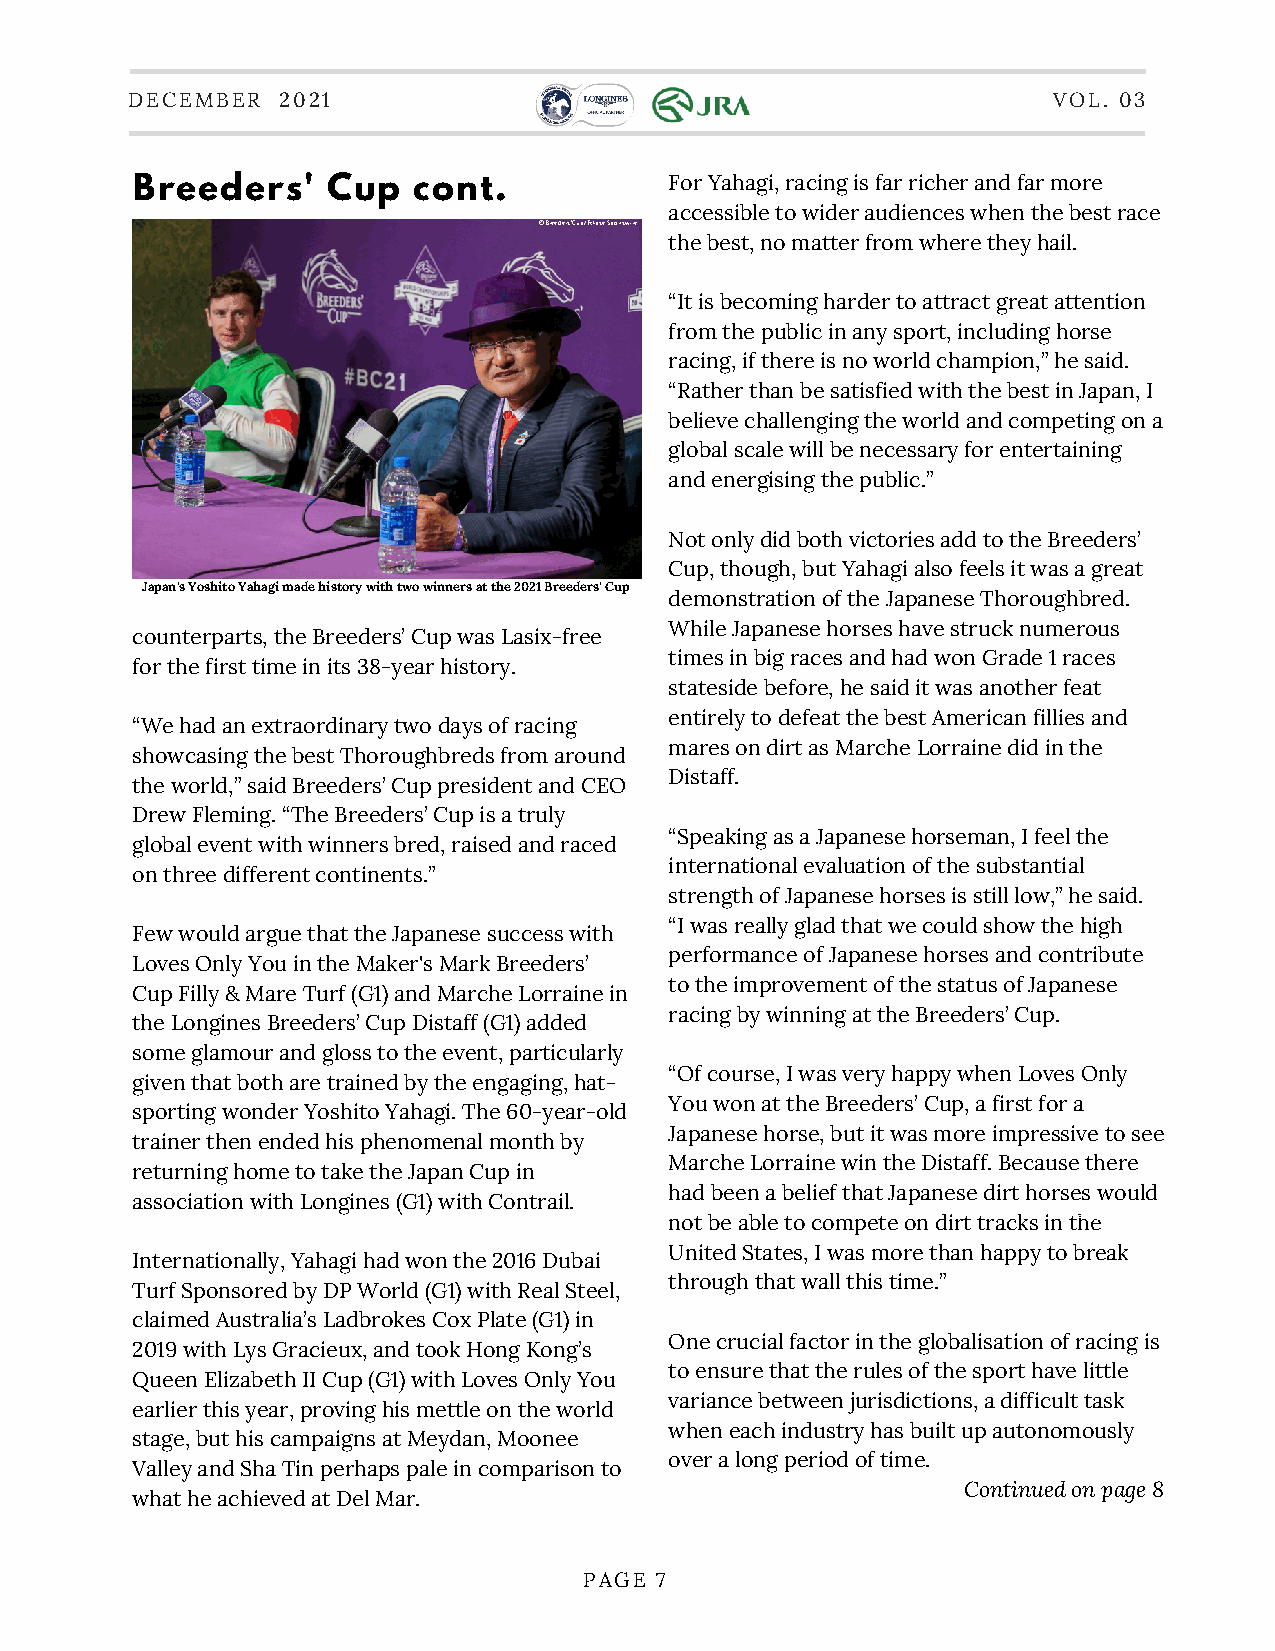
DECEMBER  2021                                                VOL. 03
 Breeders'    Cup  cont.            For Yahagi, racing is far richer and far more
 accessible to wider audiences when the best race
 ©Breeders' Cup/Eclipse Sportswire
 the best, no matter from where they hail.
 “It is becoming harder to attract great attention
 from the public in any sport, including horse
 racing, if there is no world champion,” he said.
 “Rather than be satisfied with the best in Japan, I
 believe challenging the world and competing on a
 global scale will be necessary for entertaining
 and energising the public.”
 Not only did both victories add to the Breeders’
 Cup, though, but Yahagi also feels it was a great
 Japan's Yoshito Yahagi made history with two winners at the 2021 Breeders' Cup
 demonstration of the Japanese Thoroughbred.
 While Japanese horses have struck numerous
 counterparts, the Breeders’ Cup was Lasix-free
 times in big races and had won Grade 1 races
 for the first time in its 38-year history.
 stateside before, he said it was another feat
 entirely to defeat the best American fillies and
 “We had an extraordinary two days of racing
 mares on dirt as Marche Lorraine did in the
 showcasing the best Thoroughbreds from around
 Distaff.
 the world,” said Breeders’ Cup president and CEO
 Drew Fleming. “The Breeders’ Cup is a truly
 “Speaking as a Japanese horseman, I feel the
 global event with winners bred, raised and raced
 international evaluation of the substantial
 on three different continents.”
 strength of Japanese horses is still low,” he said.
 “I was really glad that we could show the high
 Few would argue that the Japanese success with
 performance of Japanese horses and contribute
 Loves Only You in the Maker's Mark Breeders’
 to the improvement of the status of Japanese
 Cup Filly & Mare Turf (G1) and Marche Lorraine in
 racing by winning at the Breeders’ Cup.
 the Longines Breeders’ Cup Distaff (G1) added
 some glamour and gloss to the event, particularly
 “Of course, I was very happy when Loves Only
 given that both are trained by the engaging, hat-
 You won at the Breeders’ Cup, a first for a
 sporting wonder Yoshito Yahagi. The 60-year-old
 Japanese horse, but it was more impressive to see
 trainer then ended his phenomenal month by
 Marche Lorraine win the Distaff. Because there
 returning home to take the Japan Cup in
 had been a belief that Japanese dirt horses would
 association with Longines (G1) with Contrail.
 not be able to compete on dirt tracks in ©tRhaciengfotos.com
 United States, I was more than happy to break
 Internationally, Yahagi had won the 2016 Dubai
 through that wall this time.”
 Turf Sponsored by DP World (G1) with Real Steel,
 claimed Australia’s Ladbrokes Cox Plate (G1) in
 One crucial factor in the globalisation of racing is
 2019 with Lys Gracieux, and took Hong Kong’s
 to ensure that the rules of the sport have little
 Queen Elizabeth II Cup (G1) with Loves Only You
 variance between jurisdictions, a difficult task
 earlier this year, proving his mettle on the world
 when each industry has built up autonomously
 stage, but his campaigns at Meydan, Moonee
 over a long period of time.
 Valley and Sha Tin perhaps pale in comparison to
 Continued on page 8
 what he achieved at Del Mar.
 PAGE 7